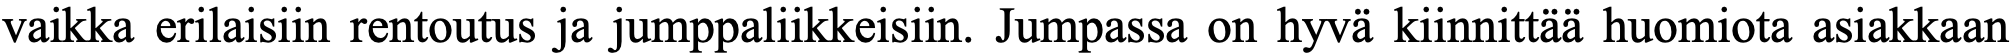
vaikka erilaisiin rentoutus ja jumppaliikkeisiin. Jumpassa on hyvä kiinnittää huomiota asiakkaan